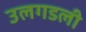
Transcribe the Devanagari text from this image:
उलगडली